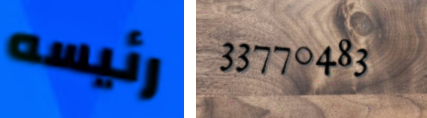
رئيسه 33770483